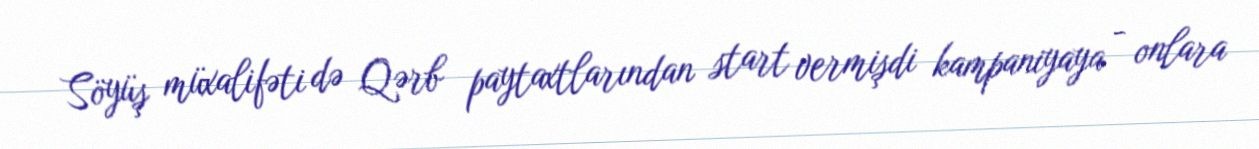
Söyüş müxalifəti də Qərb paytaxtlarından start vermişdi kampaniyaya - onlara